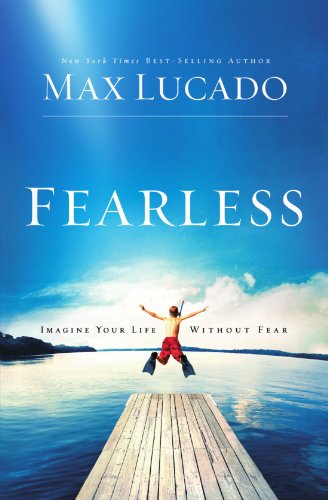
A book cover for Fearless; Max Lucado; Christian Books & Bibles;